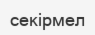
секірмел